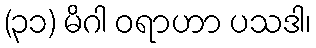
(၃၁) မိဂါ ဝရာဟာ ပသဒါ၊